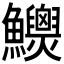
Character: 𩽯